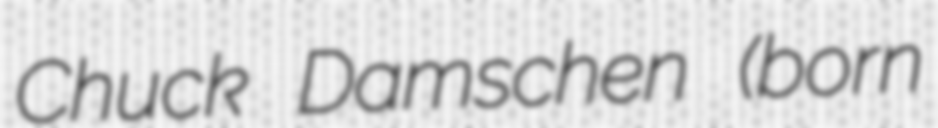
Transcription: Chuck Damschen (born